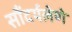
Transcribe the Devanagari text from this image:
सौंदर्यलेणे